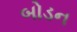
બોડન